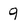
Character: 9